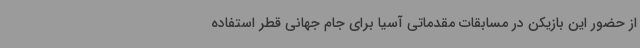
از حضور این بازیکن در مسابقات مقدماتی آسیا برای جام جهانی قطر استفاده